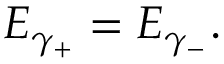
E _ { \gamma _ { + } } = E _ { \gamma _ { - } } .